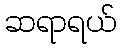
ဆရာရယ်